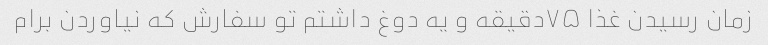
زمان رسیدن غذا ۷۵دقیقه و یه دوغ داشتم تو سفارش که نیاوردن برام